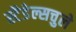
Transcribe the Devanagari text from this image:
स्टैडेल्सचुले